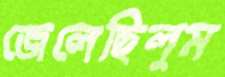
জেলেছিলুম